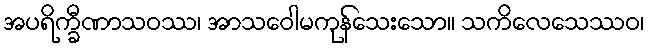
အပရိက္ခီဏာသဝဿ၊ အာသဝေါမကုန်သေးသော။ သကိလေသေဿဝ၊